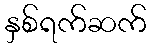
နှစ်ရက်ဆက်